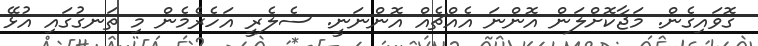
ގޮވައިގެން. މަޖާކޮށްލަން އޮންނަ އެއްޗެއް އޮންނަނީ. ސެލެރީ އަހެރެމެން މި ތަނގުގައި އުޅޭ